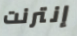
إنترنت